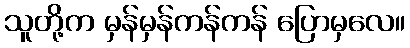
သူတို့က မှန်မှန်ကန်ကန် ပြောမှလေ။